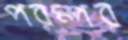
পরম্পর